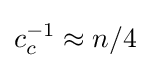
c_{c}^{-1}\approx n/4